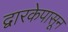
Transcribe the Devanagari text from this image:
द्वारकेपासून